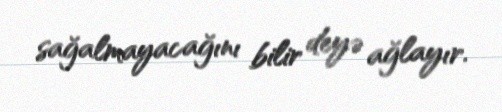
sağalmayacağını bilir deyə ağlayır.